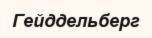
Гейддельберг